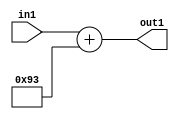
`timescale 1ps / 1ps
/*****************************************************************************
    Verilog RTL Description
    
    
    Created by: Stratus DpOpt 2019.1.01 
*******************************************************************************/

module DC_Filter_Add_12U_262_1 (
	in1,
	out1
	); /* architecture "behavioural" */ 
input [11:0] in1;
output [11:0] out1;
wire [11:0] asc001;

assign asc001 = 
	+(in1)
	+(12'B000010010011);

assign out1 = asc001;
endmodule

/* CADENCE  urnwSgg= : u9/ySgnWtBlWxVPRXgAZ4Og= ** DO NOT EDIT THIS LINE ******/